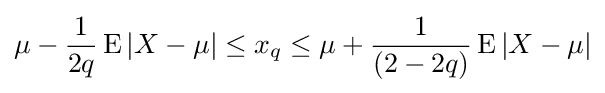
\mu -{\frac {1}{2q}}\operatorname {E} |X-\mu |\leq x_{q}\leq \mu +{\frac {1}{(2-2q)}}\operatorname {E} |X-\mu |